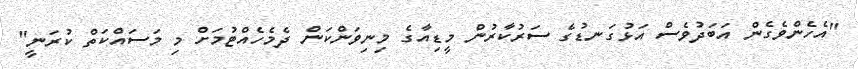
"އެހެންވެގެން އަބަދުވެސް އަޅުގަނޑުގެ ސަރުކާރުން މީޑިއާގެ މިނިވަންކަން ދެމެހެއްޓުމަށް މި މަސައްކަތް ކުރަނީ"